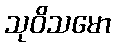
သုဝိသမော